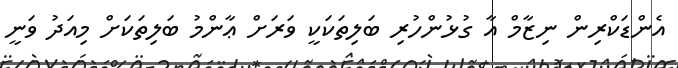
އެންޑަކްރިން ނިޒާމް އާ ގުޅުންހުރި ބަލިތަކަކީ ވަރަށް ޢާންމު ބަލިތަކަށް މިއަދު ވަނީ